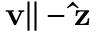
\mathbf { v } \| - \mathbf { \hat { z } }